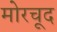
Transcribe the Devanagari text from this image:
मोरचूद